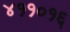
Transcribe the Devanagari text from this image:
४११०१६